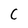
Character: C